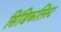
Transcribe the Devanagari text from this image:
सिंडिकलिस्ट